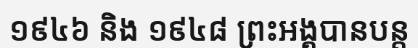
១៩៤៦ និង ១៩៤៨ ព្រះអង្គបានបន្ត